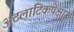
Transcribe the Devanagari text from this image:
अटलांटिकपेक्षा